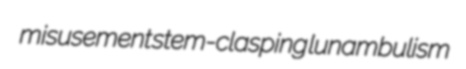
misusement stem-clasping lunambulism